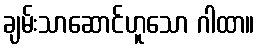
ချမ်းသာဆောင်ဟူသော ဂါထာ။